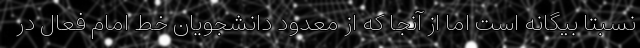
نسبتا بیگانه است اما از آنجا که از معدود دانشجویان خط امام فعال در